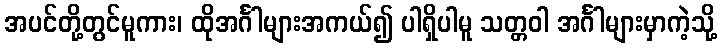
အပင်တို့တွင်မူကား၊ ထိုအင်္ဂါများအကယ်၍ ပါရှိပါမူ သတ္တဝါ အင်္ဂါများမှာကဲ့သို့